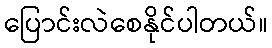
ပြောင်းလဲစေနိုင်ပါတယ်။